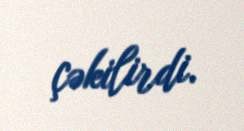
çəkilirdi.